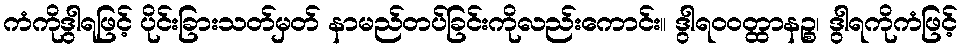
ကံကိုဒွါရဖြင့် ပိုင်းခြားသတ်မှတ် နာမည်တပ်ခြင်းကိုလည်းကောင်း။ ဒွါရဝဝတ္ထာနဉ္စ၊ ဒွါရကိုကံဖြင့်